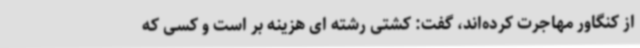
از کنگاور مهاجرت کرده‌اند، گفت: کشتی رشته ای هزینه بر است و کسی که